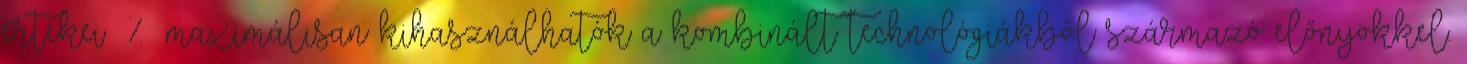
értékei % maximálisan kihasználhatók a kombinált technológiákból származó előnyökkel.